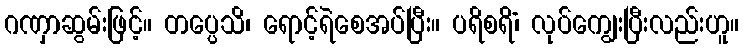
ဂဏှာဆွမ်းဖြင့်။ တပ္ပေသိ၊ ရောင့်ရဲစေအပ်ပြီး။ ပရိစရိံ၊ လုပ်ကျွေးပြီးလည်းဟူ။